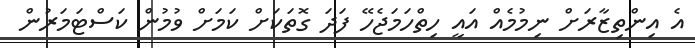
އެ އިންތިޒާރަށް ނިމުމެއް އައީ ހިތްހަމަޖެހޭ ފަދަ ގޮތަކަށް ކަމަށް ވުމުން ކަސްޓަމަރުން